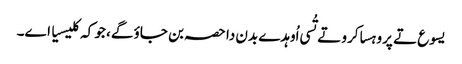
یسوع تے پروہسا کرو تے تُسی اُوہدے بدن دا حصہ بن جاؤ گے، جو کہ کلیسیا اے۔